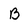
Character: B